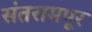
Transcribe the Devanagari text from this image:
संतरामपूर